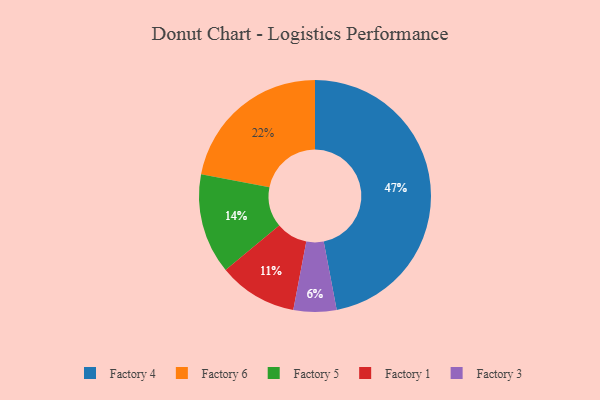
{"axis": {"x": "Category", "y": "Percentage"}, "legend": ["Factory 1", "Factory 3", "Factory 4", "Factory 5", "Factory 6"], "data": [{"x": "Factory 1", "y": 11, "type": "Factory 1"}, {"x": "Factory 6", "y": 22, "type": "Factory 6"}, {"x": "Factory 5", "y": 14, "type": "Factory 5"}, {"x": "Factory 3", "y": 6, "type": "Factory 3"}, {"x": "Factory 4", "y": 47, "type": "Factory 4"}]}